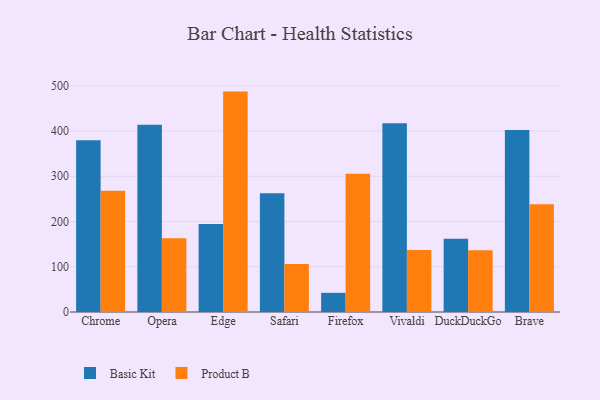
{"axis": {"x": "Browser", "y": "LTV (USD)"}, "legend": ["Basic Kit", "Product B"], "data": [{"x": "Chrome", "y": 379.7, "type": "Basic Kit"}, {"x": "Chrome", "y": 267.8, "type": "Product B"}, {"x": "Opera", "y": 413.9, "type": "Basic Kit"}, {"x": "Opera", "y": 162.9, "type": "Product B"}, {"x": "Edge", "y": 194.7, "type": "Basic Kit"}, {"x": "Edge", "y": 487.1, "type": "Product B"}, {"x": "Safari", "y": 262.7, "type": "Basic Kit"}, {"x": "Safari", "y": 105.9, "type": "Product B"}, {"x": "Firefox", "y": 42.4, "type": "Basic Kit"}, {"x": "Firefox", "y": 305.4, "type": "Product B"}, {"x": "Vivaldi", "y": 417.4, "type": "Basic Kit"}, {"x": "Vivaldi", "y": 136.8, "type": "Product B"}, {"x": "DuckDuckGo", "y": 162.0, "type": "Basic Kit"}, {"x": "DuckDuckGo", "y": 136.3, "type": "Product B"}, {"x": "Brave", "y": 402.4, "type": "Basic Kit"}, {"x": "Brave", "y": 238.0, "type": "Product B"}]}